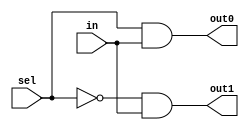
module demux_1to2 (
    input wire in,
    input wire sel,
    output wire out0,
    output wire out1
);

assign out0 = (sel & in);
assign out1 = (~sel & in);

endmodule